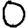
Digit: 0